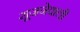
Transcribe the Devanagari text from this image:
सूजनेवाली